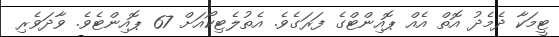
ޓީމަކާ ދެމެދު އޮތް އެއް ޕޮއިންޓްގެ ފަރަގެވެ. އެތުލެޓިކޯއަށް 67 ޕޮއިންޓެވެ. ވާދަވެރި